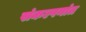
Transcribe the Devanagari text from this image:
संकल्पनांत